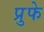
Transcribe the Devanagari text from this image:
प्रुफे